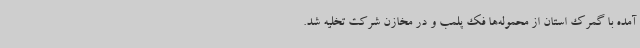
آمده با گمرک استان از محموله‌ها فک پلمب و در مخازن شرکت تخلیه شد.